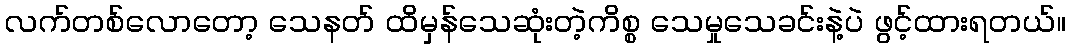
လက်တစ်လောတော့ သေနတ် ထိမှန်သေဆုံးတဲ့ကိစ္စ သေမှုသေခင်းနဲ့ပဲ ဖွင့်ထားရတယ်။